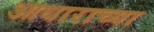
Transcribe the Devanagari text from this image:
आधाराच्या